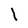
Character: l